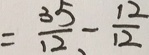
= \frac { 3 5 } { 1 2 } - \frac { 1 2 } { 1 2 }